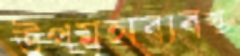
উপমহাব্যবস্থ